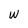
Character: w